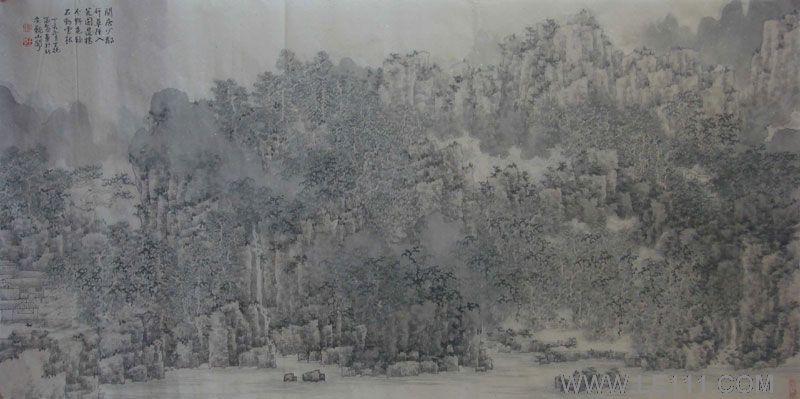
过桥分野色，移石动云根。